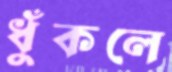
ধুঁকলে